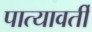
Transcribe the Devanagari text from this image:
पात्यावर्ती